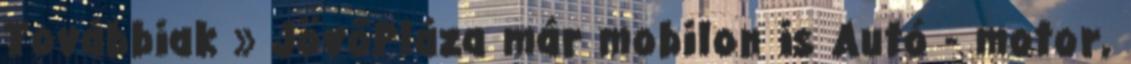
Továbbiak » JövőPláza már mobilon is Autó - motor,